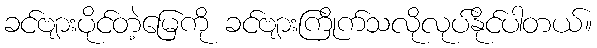
ခင်ဗျားပိုင်တဲ့မြေကို ခင်ဗျားကြိုက်သလိုလုပ်နိုင်ပါတယ်။